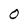
Character: O